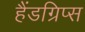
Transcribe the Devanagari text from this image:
हैंडग्रिप्स